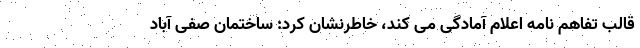
قالب تفاهم نامه اعلام آمادگی می کند، خاطرنشان کرد: ساختمان صفی آباد